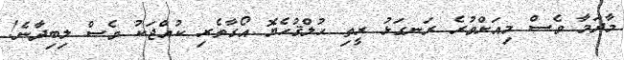
މާދަމާ ވެސް މިއަށްވުރެ ރަނގަޅު ރީތި ޙުލްޤުހެޔޮ އޯގާތެރި ކުއްޖަކު ވެސް ލިބިދާނެ!